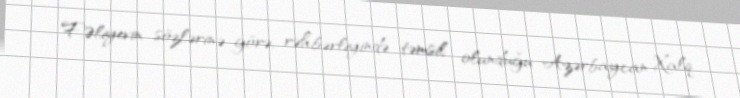
F.Əliyevin sözlərinə görə, rəhbərliyində təmsil olunduğu Azərbaycan Xalq